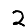
Digit: 2